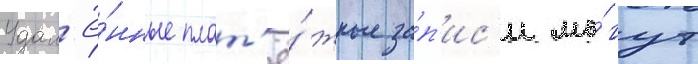
Удал'ё́нные плат'ё́жные за́п'ис'и мо́гут